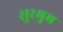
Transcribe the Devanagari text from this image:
सुरमुम